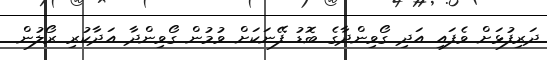
ދަރިފުޅަށް ވެފައި އަދި ގޯވިންދާގެ ބޮޑު ފޭނަކަށް ވުމުން ގޯވިންދާ އަދާކުރި ރޯލުން